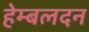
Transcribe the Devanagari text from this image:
हेम्बलदन